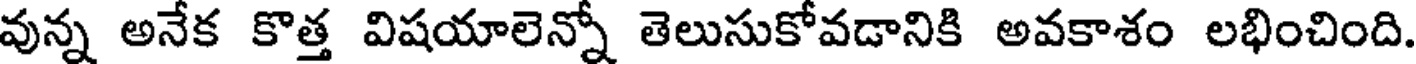
వున్న అనేక కొత్త విషయాలెన్నో తెలుసుకోవడానికి అవకాశం లభించింది